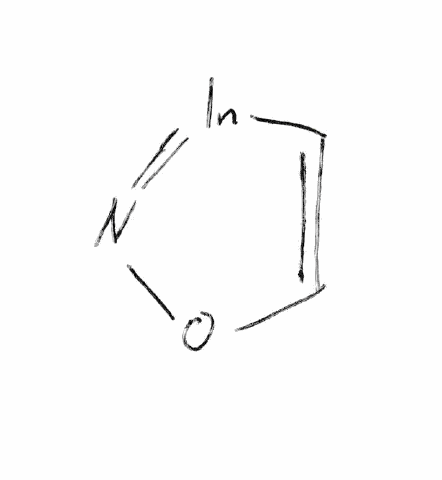
Simplified molecular-input line-entry system (SMILES) notation of the given molecule:
C1=C[In]=NO1